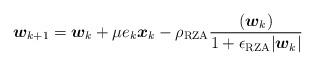
LaTeX: \begin{align*}\boldsymbol{w}_{k+1} = \boldsymbol{w}_k + \mu e_k \boldsymbol{x}_k- \rho_{\rm RZA} \frac{ (\boldsymbol{w}_k)}{1 +\epsilon_{\rm RZA} |\boldsymbol{w}_k |} \end{align*}